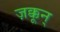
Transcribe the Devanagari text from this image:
ज़क्कून्